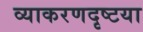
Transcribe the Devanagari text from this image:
व्याकरणदृष्टया